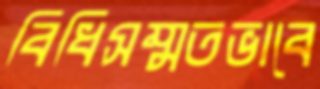
বিধিসম্মতভাবে